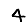
Digit: 4